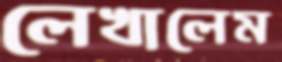
লেখালেম